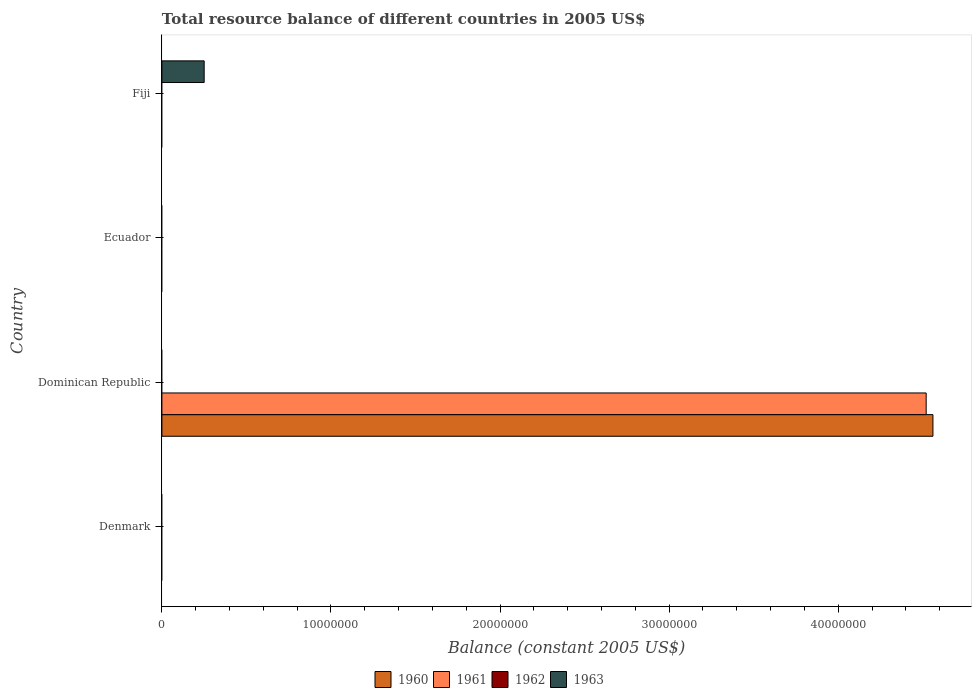
| Country | 1960 | 1961 | 1962 | 1963 |
 | --- | --- | --- | --- | --- |
 | Denmark | -8.68e+08 | -1.12e+09 | -2.1e+09 | -2.23e+08 |
 | Dominican Republic | 4.56e+07 | 4.52e+07 | -2.6e+06 | -4.94e+07 |
 | Ecuador | -2.22e+07 | -3.55e+07 | -2.55e+07 | -2.76e+07 |
 | Fiji | -1.6e+06 | -9.4e+06 | -3.1e+06 | 2.5e+06 |